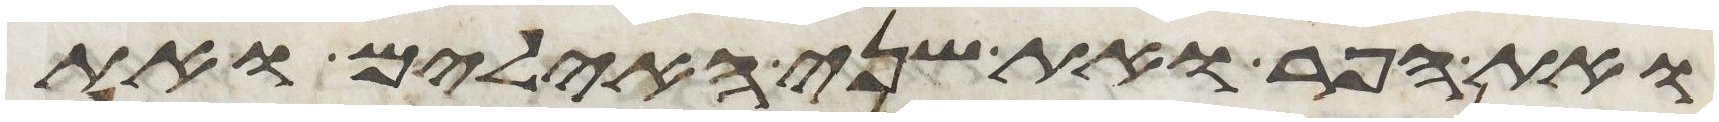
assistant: ואת הפר ואת שני האילים ואת